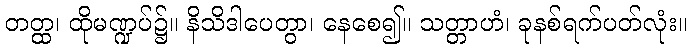
တတ္ထ၊ ထိုမဏ္ဍပ်၌။ နိသိဒါပေတွာ၊ နေစေ၍။ သတ္တာဟံ၊ ခုနစ်ရက်ပတ်လုံး။